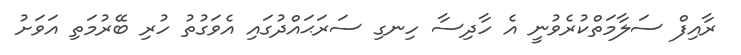
ރާއިފް ސަލާމަތްކުރެވުނީ އެ ހާދިސާ ހިނގި ސަރަޙައްދުގައި އެވަގުތު ހުރި ބޭރުމަތި އަވަށު